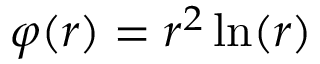
\varphi ( r ) = r ^ { 2 } \ln ( r )